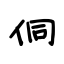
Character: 侗